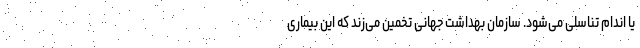
یا اندام تناسلی می‌شود. سازمان بهداشت جهانی تخمین می‌زند که این بیماری